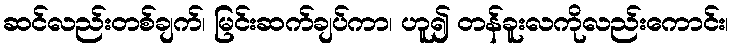
ဆင်လည်းတစ်ချက်၊ မြင်းဆက်ချပ်ကာ၊ ဟူ၍ တန်ခူးလကိုလည်းကောင်း၊